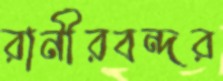
রানীরবন্দর